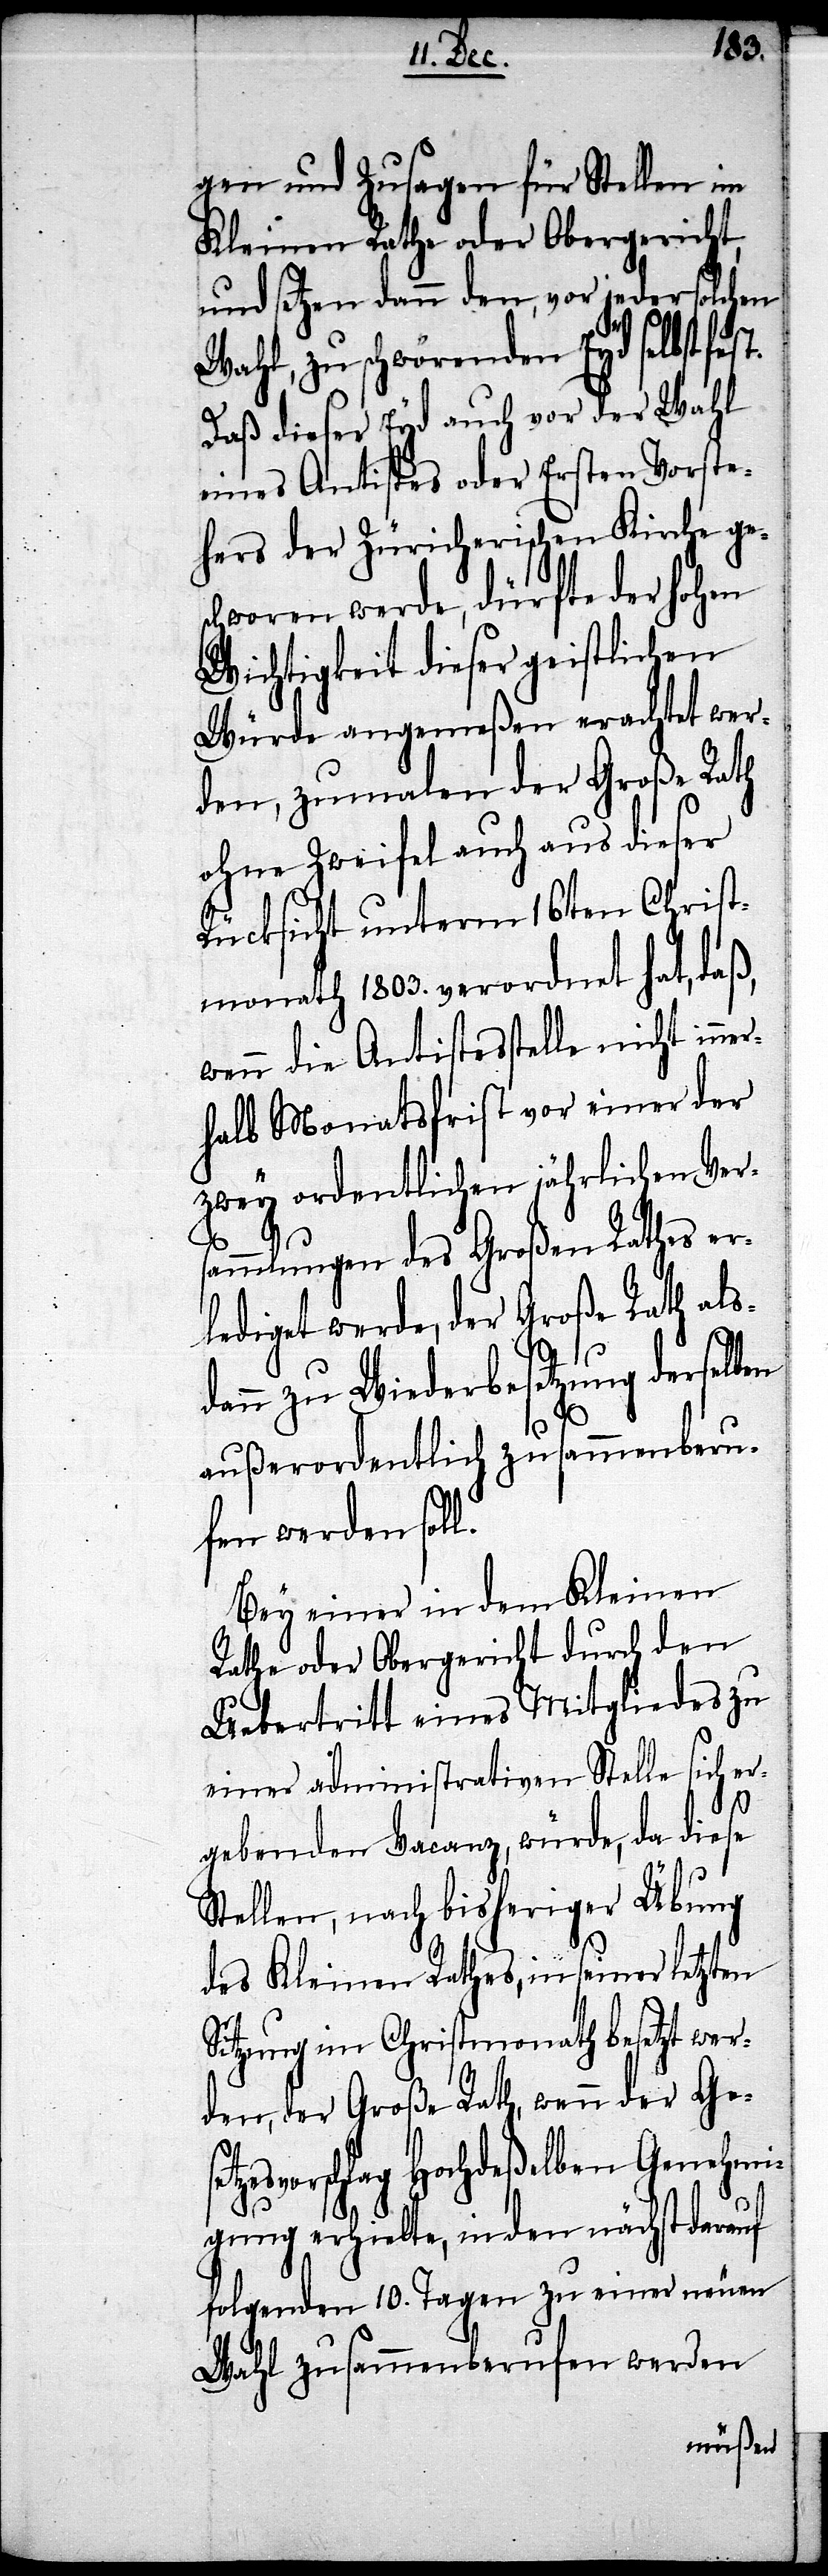
gen und Zusagen für Stellen im
Kleinen Rathe oder Obergericht
und setzen dann den, vor jeder solchen
Wahl, zu schwörenden Eyd selbst
Daß dieser Eyd auch vor der Wahl
eines Antistes oder Ersten Vorste¬
hers der Züricherischen Kirche ges¬
chworen werde, dürfte der hohen
Wichtigkeit dieser geistlichen
Würde angemeßen erachtet wer¬
den, zumalen der Große Rath
ohne Zweifel auch aus dieser
Rücksicht unterm 16ten Christ¬
monath 1803. verordnet hat, daß,
wenn die Antistesstelle nicht inne¬
rhalb Monatsfrist vor einer der
zwey ordentlichen jährlichen Vers¬
ammlungen des Großen Rathes er¬
lediget werde, der Große Rath als¬
dann zu Wiederbesetzung derselben
außerordentlich zusammenberu¬
fen werden soll.
Bey einer in dem Kleinen
Rathe oder Obergericht durch den
Uebertritt eines Mitgliedes zu
einer administrativen Stelle sich er¬
gebenden Vacanz, würde, da diese
Stellen, nach bisheriger Übung
des Kleinen Rathes, in seiner letzten
Sitzung im Christmonath besetzt wer¬
den, der Große Rath, wenn der Geset¬
zesvorschlag Hochdeßelben Genehmi¬
gung erhielte, in den nächst darauf
folgenden 10. Tagen zu einer neuen
Wahl zusammenberufen werden